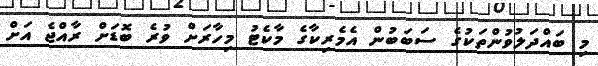
މި ބައްދަލުވުންތަކުގެ ސަބަބުން އެމެރިކާގެ މާކެޓު މިހާރަށް ވުރެ ބޮޑަށް ރާއްޖެ އަށް